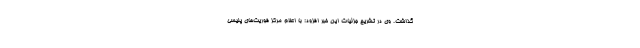
گذاشت. وی در تشریح جزئیات این خبر افزود: با اعلام مرکز فوریت‌های پلیسی